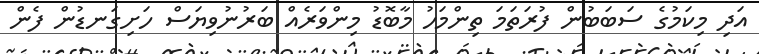
އަދި މިކަމުގެ ސަބަބުން ފުރަތަމަ ތިންމަހު މާބޮޑު މިންވަރެއް ބަރުނުވިޔަސް ހަށިގަނޑުން ފެން